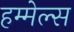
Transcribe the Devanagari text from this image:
हम्मेल्स